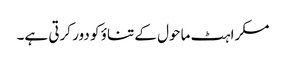
مسکراہٹ ماحول کے تناؤ کو دور کرتی ہے۔